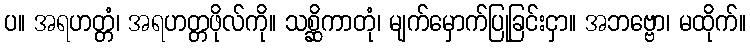
ပ။ အရဟတ္တံ၊ အရဟတ္တဖိုလ်ကို။ သစ္ဆိကာတုံ၊ မျက်မှောက်ပြုခြင်းငှာ။ အဘဗ္ဗော၊ မထိုက်။